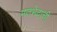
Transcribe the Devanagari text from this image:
मतभेदाची